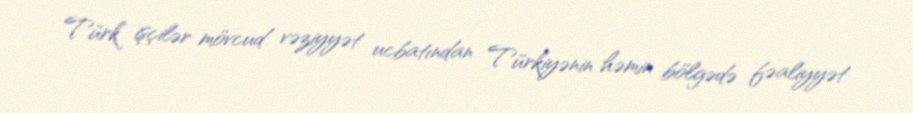
Türk işçilər mövcud vəziyyət ucbatından Türkiyənin həmin bölgədə fəaliyyət